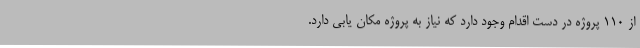
از 110 پروژه در دست اقدام وجود دارد که نیاز به پروژه مکان یابی دارد.